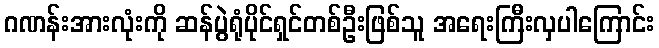
ဂဏန်းအားလုံးကို ဆန်ပွဲရုံပိုင်ရှင်တစ်ဦးဖြစ်သူ အရေးကြီးလှပါကြောင်း